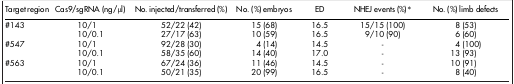
<table><thead><tr><td><b>Target region</b></td><td><b>Cas9/sgRNA (ng/μl)</b></td><td><b>No. injected/transferred (%)</b></td><td><b>No. (%) embryos</b></td><td><b>ED</b></td><td><b>NHEJ events (%)*</b></td><td><b>No. (%) limb defects</b></td></tr></thead><tbody><tr><td>#143</td><td>10/1</td><td>52/22 (42)</td><td>15 (68)</td><td>16.5</td><td>15/15 (100)</td><td>8 (53)</td></tr><tr><td> </td><td>10/0.1</td><td>27/17 (63)</td><td>10 (59)</td><td>16.5</td><td>9/10 (90)</td><td>6 (60)</td></tr><tr><td>#547</td><td>10/1</td><td>92/28 (30)</td><td>4 (14)</td><td>14.5</td><td>-</td><td>4 (100)</td></tr><tr><td> </td><td>10/0.1</td><td>58/35 (60)</td><td>14 (40)</td><td>17.0</td><td>-</td><td>13 (93)</td></tr><tr><td>#563</td><td>10/1</td><td>67/24 (36)</td><td>11 (46)</td><td>14.5</td><td>-</td><td>10 (91)</td></tr><tr><td> </td><td>10/0.1</td><td>50/21 (35)</td><td>20 (99)</td><td>16.5</td><td>-</td><td>8 (40)</td></tr></tbody></table>